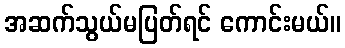
အဆက်သွယ်မပြတ်ရင် ကောင်းမယ်။